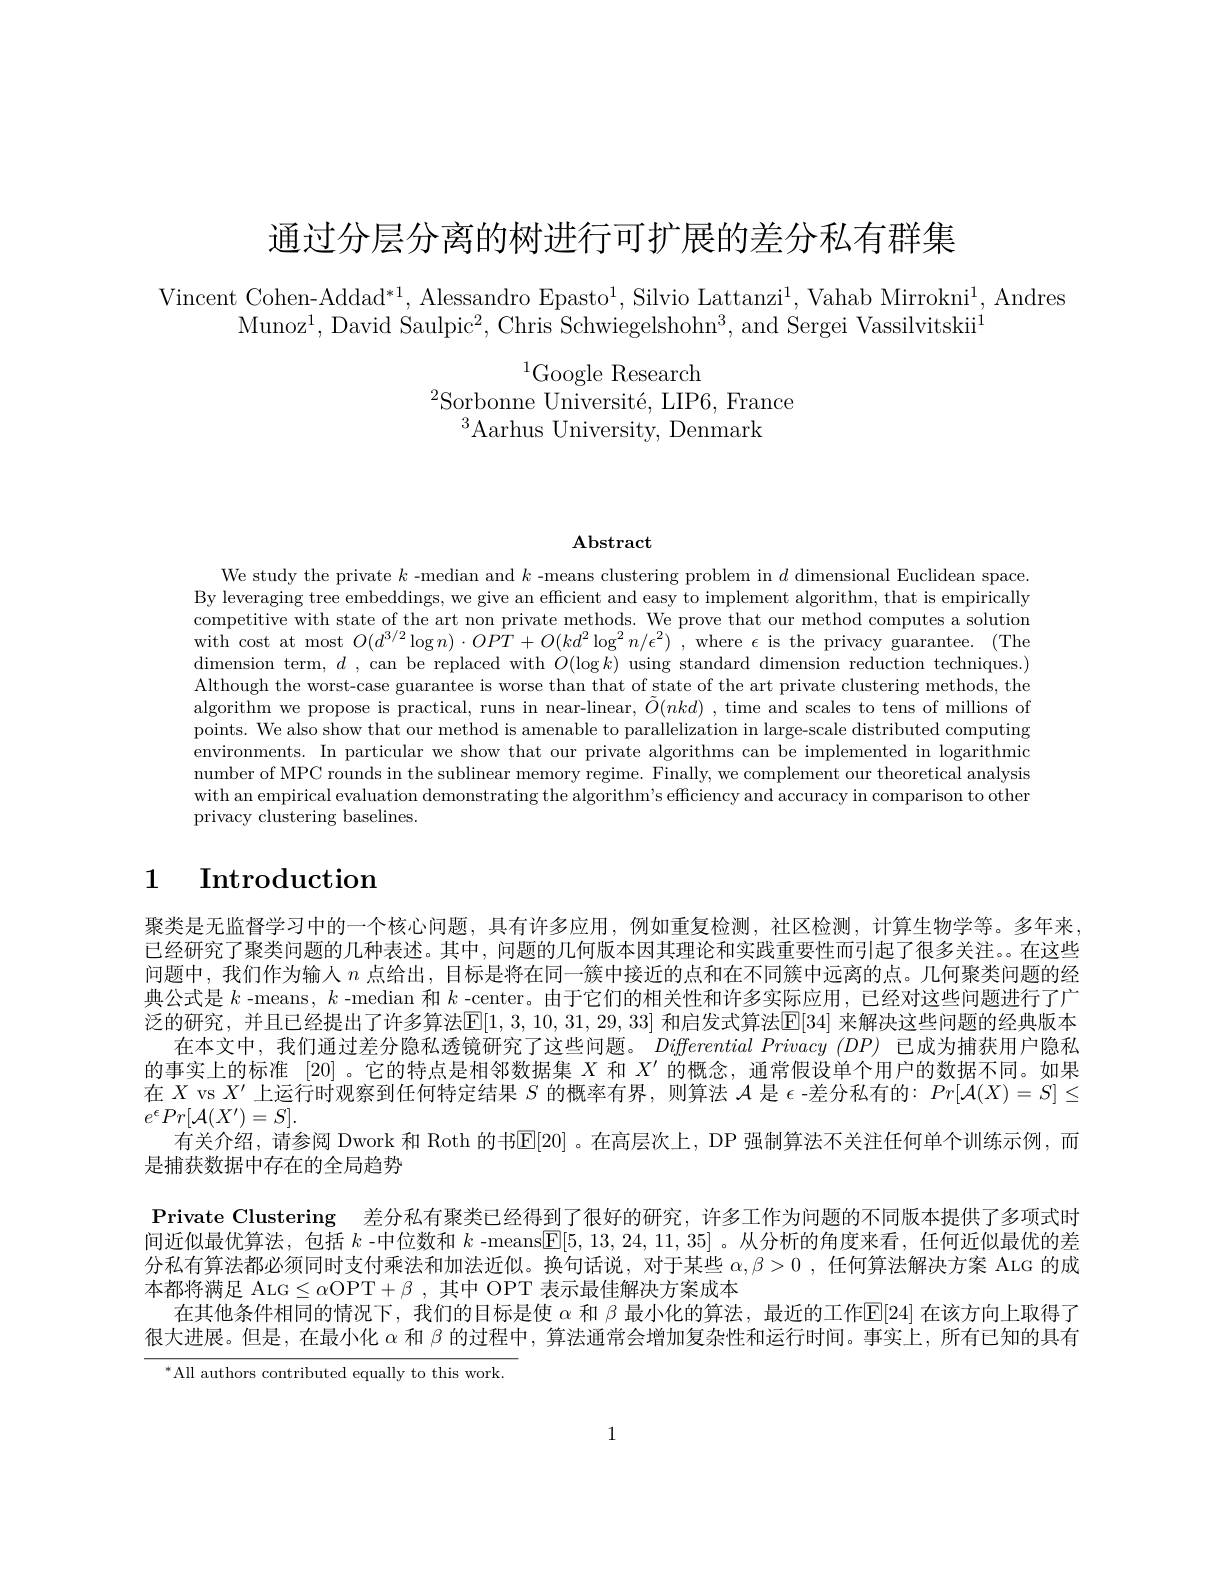
通过分层分离的树进行可扩展的差分私有群集

Vincent Cohen-Addad*1, Alessandro Epasto$^1$, Silvio Lattanzi$^1$,Vahab Mirrokni$^1$,Andres
Munoz$^1$,David Saulpic$^2$,Chris Schwiegelshohn$^3$,and Sergei Vassilvitskii$^1$

$^{1}$Google Research
$^{2}$Sorbonne Université, LIP6, France
$^{3}$Aarhus University, Denmark

$\mathbf{Abstract}$

We study the private $k$ -median and $k$ -means clustering problem in $d$ dimensional Euclidean space. By leveraging tree embeddings, we give an effcient and easy to implement algorithm, that is empirically competitive with state of the art non private methods. We prove that our method computes a solution with cost at most $O(d^{3/2}\log n)\cdot OPT+O(kd^{2}\log^{2}n/\epsilon^{2})$ , where $\epsilon$ is the privacy guarantee. (The dimension term, $d , $can be replaced with $O( \log k) $using standard dimension reduction techniques.) Although the worst-case guarantee is worse than that of state of the art private clustering methods, the algorithm we propose is practical, runs in near-linear, $\tilde{O}(nkd)$ ,time and scales to tens of millions of points. We also show that our method is amenable to parallelization in large-scale distributed computing environments. In particular we show that our private algorithms can be implemented in logarithmic number of MPC rounds in the sublinear memory regime. Finally, we complement our theoretical analysis with an empirical evaluation demonstrating the algorithm's efficiency and accuracy in comparison to other privacy clustering baselines.

# 1 Introduction

聚类是无监督学习中的一个核心问题，具有许多应用，例如重复检测，社区检测，计算生物学等。多年来， 已经研究了聚类问题的几种表述。其中，问题的几何版本因其理论和实践重要性而引起了很多关注。在这些问题中，我们作为输人$n$点给出，目标是将在同一簇中接近的点和在不同簇中远离的点。几何聚类问题的经典公式是$k$ -means, $k$ -median 和$k$ -center。由于它们的相关性和许多实际应用，已经对这些问题进行了广泛的研究，并且已经提出了许多算法$\mathbb{E}[1,3,10,31,29,33]$ 和启发式算法$\mathbb{E}[34]$ 来解决这些问题的经典版本
在本文中，我们通过差分隐私透镜研究了这些问题。$DifferentialPrivacy(DP)$已成为捕获用户隐私的事实上的标准 [20] 。它的特点是相邻数据集$X$和$X^{\prime}$的概念，通常假设单个用户的数据不同。如果在$X$ vs $X^\prime$上运行时观察到任何特定结果$S$的概率有界，则算法$\mathcal{A}$是$\epsilon$ -差分私有的：$Pr[\mathcal{A}(X)=S]\leq$ $e^{\epsilon}Pr[\mathcal{A}(X^{\prime})=S].$
有关介绍，请参阅 Dwork 和 Roth 的书$\mathbb{E}[20]$。在高层次上，DP 强制算法不关注任何单个训练示例，而
是捕获数据中存在的全局趋势
Private Clustering 差分私有聚类已经得到了很好的研究，许多工作为问题的不同版本提供了多项式时间近似最优算法，包括$k$ -中位数和$k$ -means$\underline{\mathrm{E}}[5,13,24,11,35]$ 。从分析的角度来看，任何近似最优的差分私有算法都必须同时支付乘法和加法近似。换句话说，对于某些$\alpha , \beta > 0$ , 任何算法解决方案 ALG 的成本都将满足 ALG$\leq\alpha$OPT$+\beta$,其中 OPT 表示最佳解决方案成本
在其他条件相同的情况下，我们的目标是使$\alpha$和$\beta$最小化的算法，最近的工作$\mathbb{E}[24]$在该方向上取得了很大进展。但是，在最小化$\alpha$和$\beta$的过程中，算法通常会增加复杂性和运行时间。事实上，所有已知的具有

$^{*}$All authors contributed equally to this work.

1